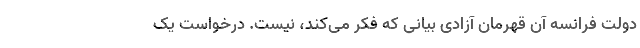
دولت فرانسه آن قهرمان آزادی بیانی که فکر می‌کند، نیست. درخواست یک